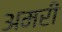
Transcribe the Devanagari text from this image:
अमरी